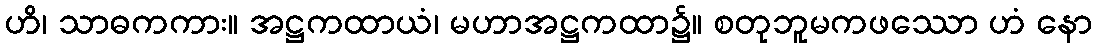
ဟိ၊ သာဓကကား။ အဋ္ဌကထာယံ၊ မဟာအဋ္ဌကထာ၌။ စတုဘူမကဖဿော ဟံ နော